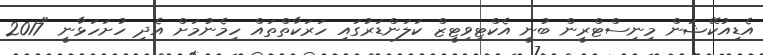
އެޑިއުކޭޝަން މިނިސްޓްރީން ބުނީ އެކްޓިވިޓީޒް ކަލަންޑަރުގައި ހަރަކާތްތައް ހިމެނުމަށް އެދި ހުށަހަޅާނީ "2017